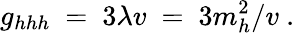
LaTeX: g_{hhh}\ =\ 3\lambda v\ =\ 3m_{h}^{2}/v\ .